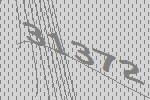
31372